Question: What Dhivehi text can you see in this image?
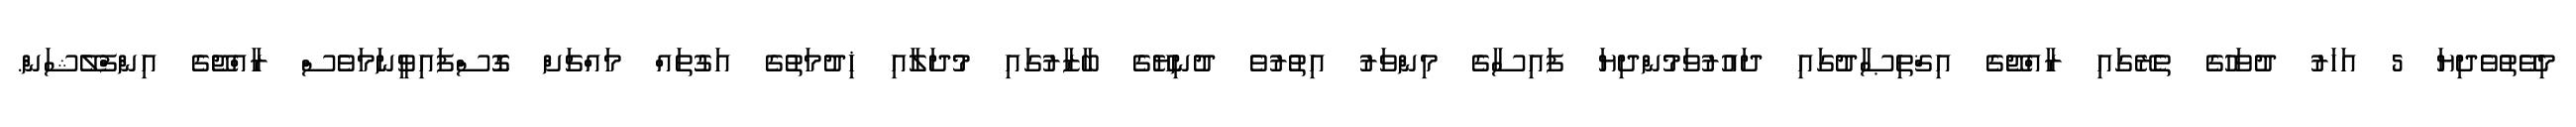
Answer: މިވޭތުވެދިޔަ 5 އަހަރު ދުވަހުގެ ތެރޭގައި ރާއްޖޭގެ އިޤްތިޞާދުގައި ދައުރުވަމުންދިޔަ ފައިސާގެ މިންވަރު އިތުރުވެ ދުނިޔޭގެ ބާޒާރުގައި މުދަލާއި ޚިދުމަތުގެ އަގުތައް މައްޗަށް ގޮސްފައިވީނަމަވެސް ރާއްޖޭގެ އިންފްލޭޝަން.